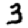
Digit: 3